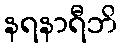
နရနာရီဘိ